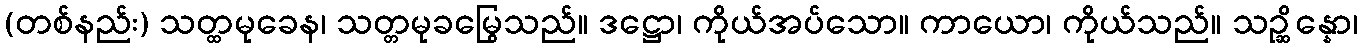
(တစ်နည်း) သတ္ထမုခေန၊ သတ္တမုခမြွေသည်။ ဒဋ္ဌော၊ ကိုယ်အပ်သော။ ကာယော၊ ကိုယ်သည်။ သဉ္ဆိန္နော၊